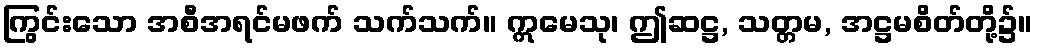
ကြွင်းသော အစီအရင်မဖက် သက်သက်။ ဣမေသု၊ ဤဆဋ္ဌ, သတ္တမ, အဋ္ဌမစိတ်တို့၌။